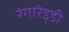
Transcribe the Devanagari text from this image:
रंगारेड्‍डी